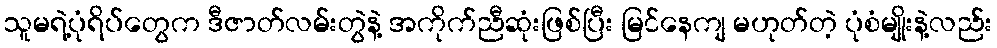
သူမရဲ့ပုံရိပ်တွေက ဒီဇာတ်လမ်းတွဲနဲ့ အကိုက်ညီဆုံးဖြစ်ပြီး မြင်နေကျ မဟုတ်တဲ့ ပုံစံမျိုးနဲ့လည်း